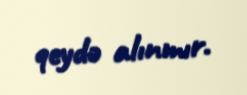
qeydə alınmır.